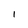
Character: I